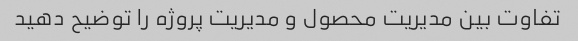
تفاوت بین مدیریت محصول و مدیریت پروژه را توضیح دهید